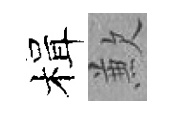
楫歉